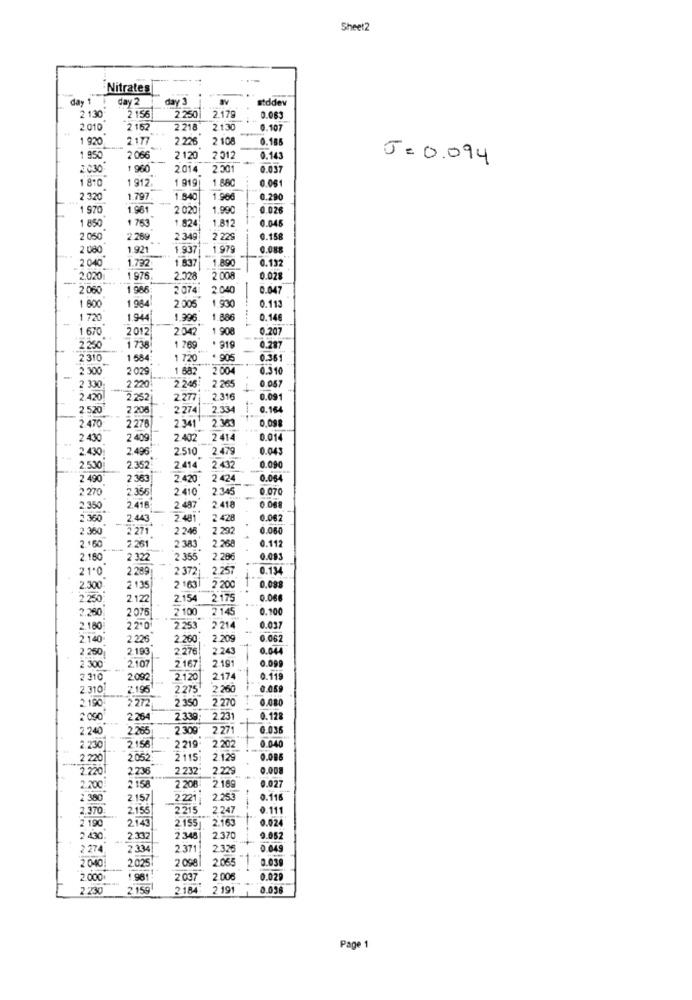
Sheet2
Nitrates
day 1
day 2
day 3
stddev
2.179
2 130
2 156
2.250
0.083
2 010
2 152
2.218
2130
0.107
1 920
2.177
2.236
2 108
0.185
1 950
2 066
2 120
2312
0.143
J=0.094
2.030
1 960
2014
2.301
0.037
1 810
1 919
1 880
0.06
1 912.
2 320
1.797
1.840
1.966
0.290
1 970
1.96
2 02
1.990
0.026
1 763
1.824
1.812
0.045
1 850
2 050
2.269
2.349
2.229
0.158
2 080
1.92
1.937
197
0.088
2 040
1.792
1.837
1.890
0.132
2.020
1 976
2.328
2 008
0.025
2 060
1986
2 074
2.040
0.047
1 800
1 984
2.005
1.930
0.113
1 720
1.944
1.996
1.886
0.146
1 670
2012
204
908
0.207
2 .250
1 738
1 769
319
0.287
2 310
1 584
1 720
. 905
0.361
2 300
2 029
1 682
2 00
0.310
-
0.057
2 330
2 220
2 246
2 265
2.420
2.252
2.277 2.316
0.091
2.520
2 208
2.274
2.334
0.164
2.363
0,09
2.470
2 278
2.341
2 430
2 409
2 402
2 414
0.014
2.430
2.496
2.510
2.479
0.045
2.530
2.352
2.414
2.432
0.090
2 490
2 363
2.420
2 424
0.064
2 270
2 356
2.410
2 345
0.070
2.350
2.416
2 487
2 418
0 068
2 360
2.443
2 481
2 428
0.062
2 360
2 271
2 246
2 2
0.060
2.26
0.112
2.150
2.261
2 383
2.180
2 322
2 355
2.20
0.093
21*0
2 289
2 372;
2.257
0.134
2.300
2 135
2 163
2 200
0.088
2.250
2.122
2.154
2.175
0.06€
2.250
2 076
2 100
2 145
0.100
2.180
2 2.0
2.253
2 214
0.037
2.140
2 226
2.260
2.209
0.062
2 260
2. 193
2.276
2.243
0.044
2.107
2.167
2.191
0.099
2 300
2 310
2092
2.120
2174
0.119
2 310
2.196
2.275
2.260
0.059
2 272
2 .35
2 270
0.080
2.190
2 090
2.264
2.339;
2.231
0.128
2.240
2.268
2 .309'
2.271
0.036
2.202
2.230
2158
2 219
0.040
2 220
2.052:
2115
2.129
0.086
2.220
2.23
2 .232
2.225
0.008
2 208
2 189
0.027
2.200
2 158
2 380
2.157
2.221
2 253
0.116
2.370
2.155
2215
2.247
0.111
2.155
2.163
0.024
2 190
2143
2 430
2.332
2 348
2.370
0.052
2 274
2 334
2.371
2.326
0.049
2040
2.025
2 0981
2 055
0.039
2 000
98
2037
2.006
0.029
2 230
2159
2.184: 2 191
0.036
Page 1